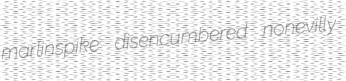
marlinspike disencumbered nonevilly